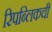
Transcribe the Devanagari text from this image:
रिपब्लिकची